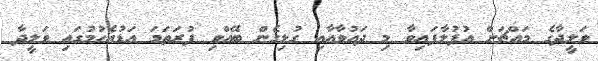
ވަލީދާގެ މައްޗަށް އުފުލާފައިވާ މި ދައުވާއާއި ގުޅިގެން ބޭއްވި ފުރަތަމަ އަޑުއެހުމުގައި ވަލީދާ